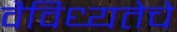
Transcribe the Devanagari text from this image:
वैविध्यतेचे